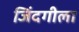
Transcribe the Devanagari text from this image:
जिंदगीला